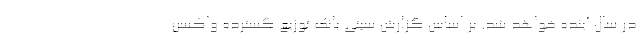
در سال آینده خواهد شد. بر اساس گزارش سیتی بانک توزیع گسترده واکسن